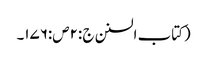
(کتاب السنن ج :۲ص:۱۷۶۔